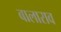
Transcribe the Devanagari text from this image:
बालाराव